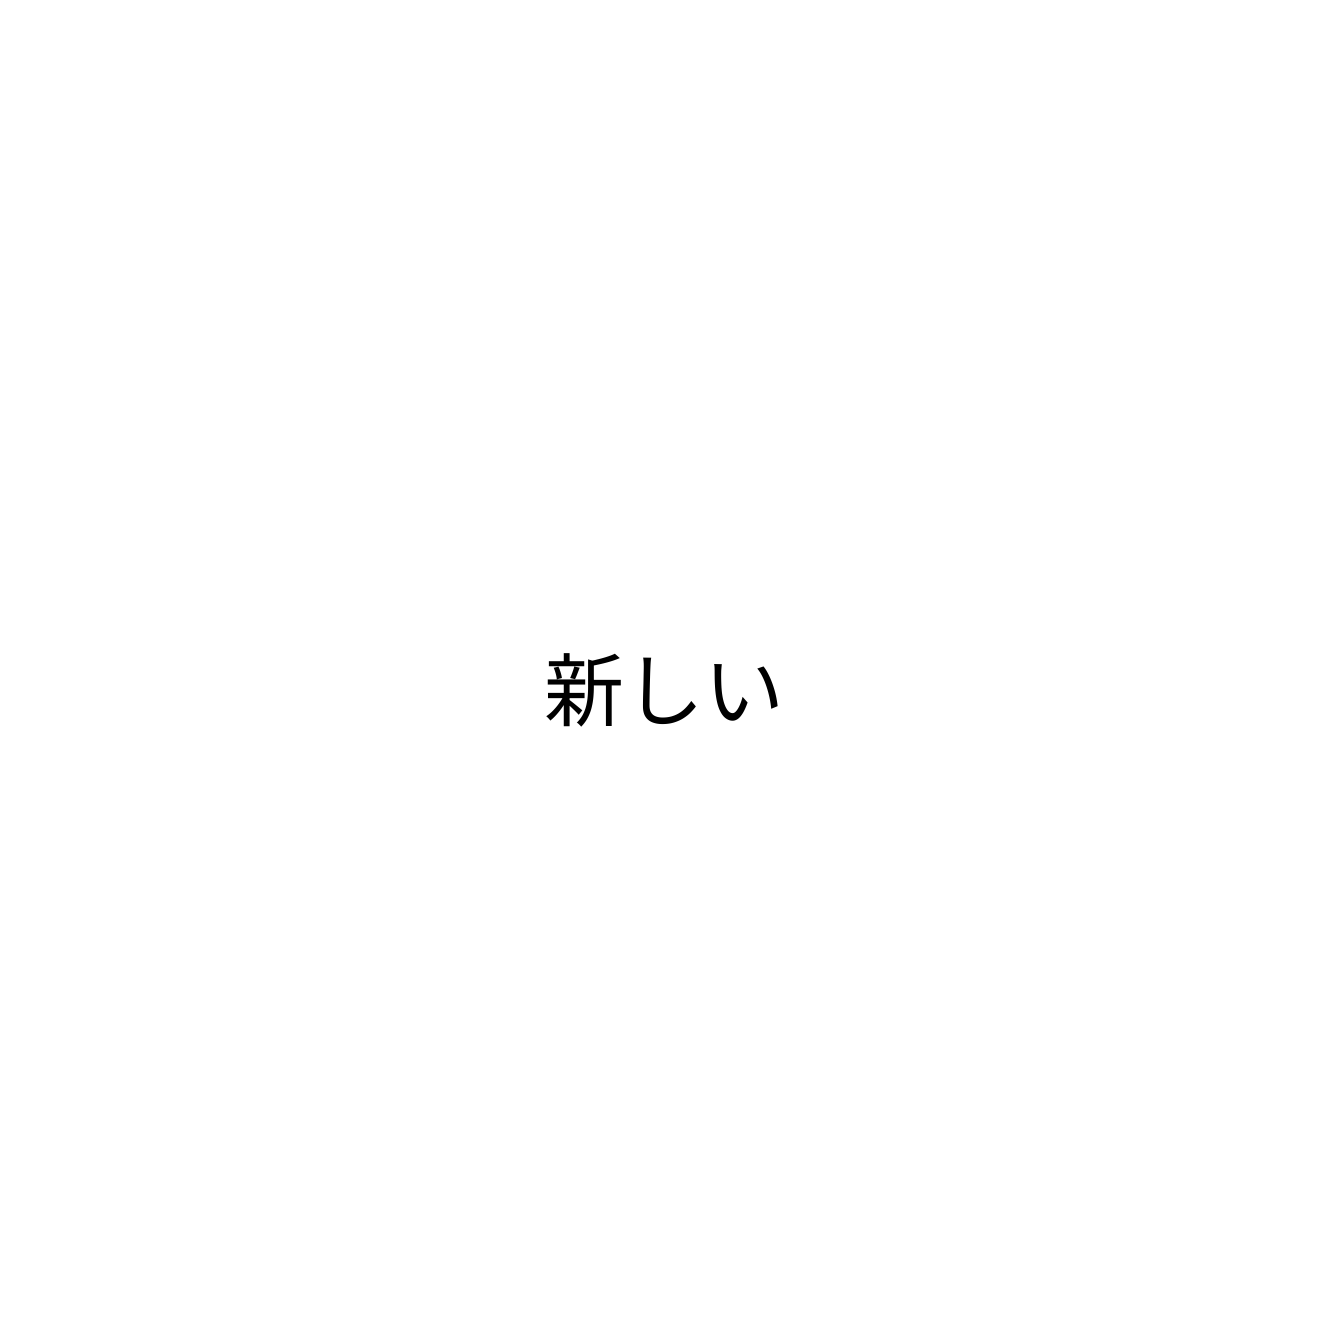
新しい